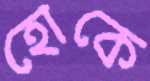
হোকে